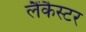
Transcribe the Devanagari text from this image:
लैंकैस्टर